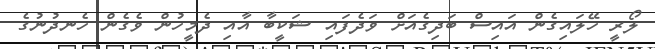
ލޯރީ ހޭލައިގެން އައިސް ބަދިގެއަށް ވަދެފައި ޝަކީބާ އާއި ދެމީހުން ވެގެން ހެނދުނުގެ